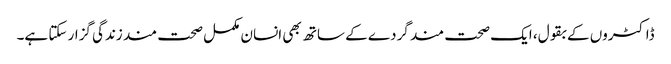
ڈاکٹروں کے بقول، ایک صحت مند گردے کے ساتھ بھی انسان مکمل صحت مند زندگی گزار سکتا ہے۔